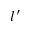
l ^ { \prime }